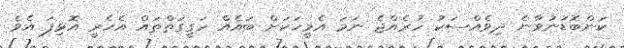
ކަންބޮޑުނުވާނެ ދިވެއްސަކު ހުރެއްޖެ ނަމަ އެމީހަކަށް ބައެއް ހަގީގަތްތައް އެހެރީ އޮޅިފަ އެވެ.